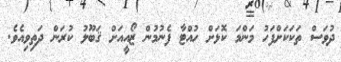
ދުވަސް ތަކަކަށްފަހު މަންމަ ކޮޅަށް ހުއްޓާ ފެނުމުން ޒޯއީއަށް ޤަބޫލު ކުރަން ދަތިވިއެވެ.